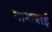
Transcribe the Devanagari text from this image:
नानाबाई